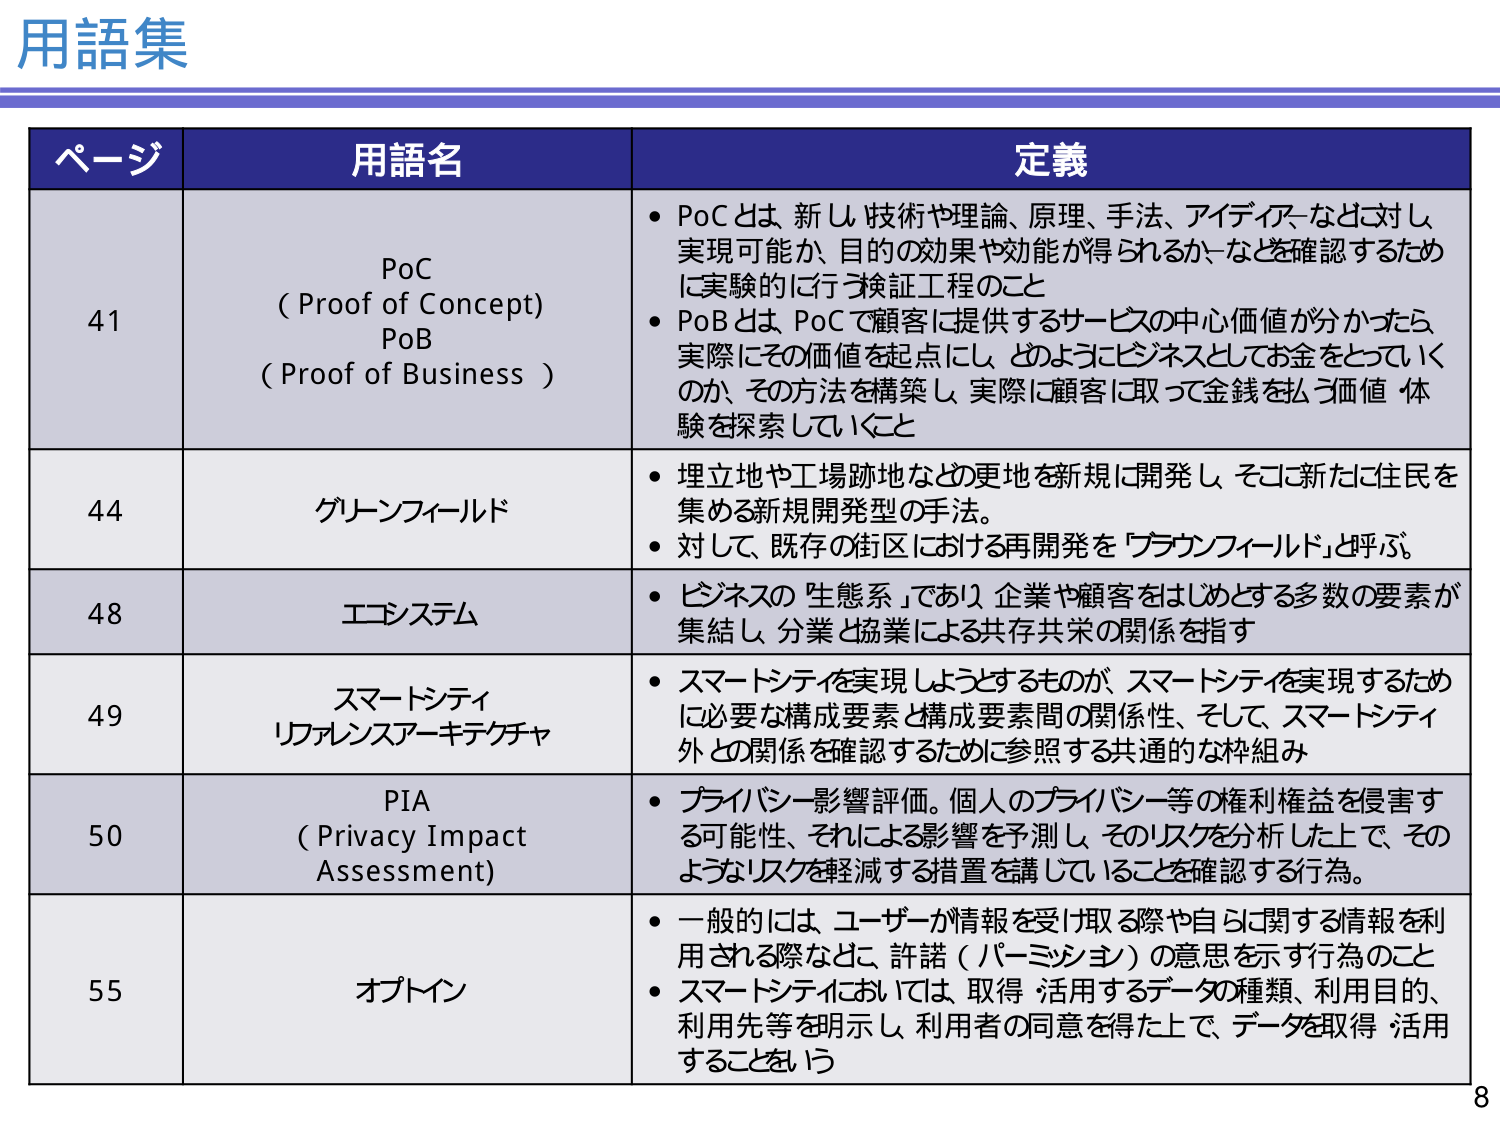
用語集

ページ 用語名 定義

41 PoC (Proof of Concept) PoB (Proof of Business)
・PoCとは、新し技術や理論、原理、手法、アイデアなどに対し、実現可能か、目的の効果や効能が得られるかなどを確認するために実験的に行う検証工程のこと
・PoBとは、PoCで顧客に提供するサービスの中心価値が分かったら、実際にその価値を起点に、どのようにビジネスとしてお金をとっていくのか、その方法を構築し、実際に顧客に取って金銭を払う価値体験を探索していくこと

44 グリーンフィールド
・埋立地や工場跡地などの更地を新規に開発し、そこに新たに住民を集める新規開発型の手法。
・対して、既存の街区における再開発を「ブラウンフィールド」と呼ぶ。

48 エコシステム
・ビジネスの「生態系」であり、企業や顧客をはじめとする多数の要素が集結し、分業と協業による共存共栄の関係を指す

49 スマートシティ リファレンスアーキテクチャ
・スマートシティを実現しようとするものが、スマートシティを実現するために必要な構成要素と構成要素間の関係性、そして、スマートシティ外との関係を確認するために参照する共通的な枠組み

50 PIA (Privacy Impact Assessment)
・プライバシー影響評価。個人のプライバシー等の権利権益を侵害する可能性、それによる影響を予測し、そのリスクを分析した上で、そのようなリスクを軽減する措置を講じていることを確認する行為。

55 オプトイン
・一般的には、ユーザーが情報を受け取る際や自らに関する情報を利用される際などに、許諾（パーミッション）の意思を示す行為のこと
・スマートシティにおいては、取得・活用するデータの種類、利用目的、利用先等を明示し、利用者の同意を得た上で、データを取得・活用することをいう

8